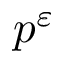
p ^ { \varepsilon }